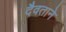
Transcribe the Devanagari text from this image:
दैवताने